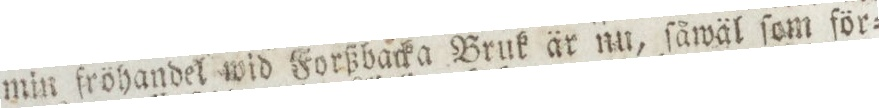
min fröhandel wid Forßarka Bruk är nu, ſåwäl ſom för=